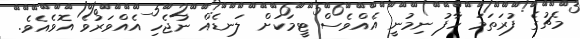
މެޗުގެ ފުރަތަމަ ހާފު ނިމުނީ އެއްވެސް ޓީމަކަށް ލަނޑެއް ނުޖެހި އެއްވަރުވެ އޮވެއެވެ.